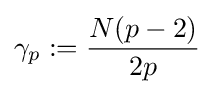
\gamma _{p}:={\frac {N(p-2)}{2p}}